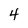
Character: 4